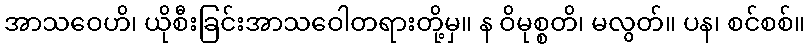
အာသဝေဟိ၊ ယိုစီးခြင်းအာသဝေါတရားတို့မှ။ န ဝိမုစ္စတိ၊ မလွတ်။ ပန၊ စင်စစ်။